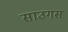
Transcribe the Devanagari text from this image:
साउगस